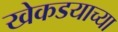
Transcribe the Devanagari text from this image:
खेकडयाच्या